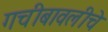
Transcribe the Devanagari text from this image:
गचीबावलीचे